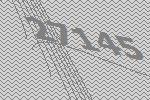
27145